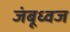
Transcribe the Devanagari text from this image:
जंबूध्वज